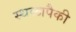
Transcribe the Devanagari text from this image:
स्थळापैकी